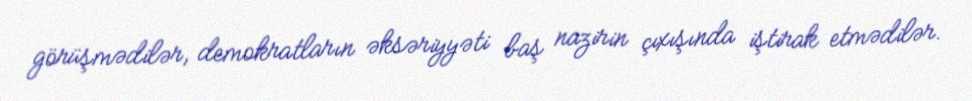
görüşmədilər, demokratların əksəriyyəti baş nazirin çıxışında iştirak etmədilər.